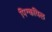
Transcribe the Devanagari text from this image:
पिन्कविल